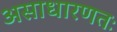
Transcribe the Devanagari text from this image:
असाधारणतः